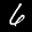
Label: 6